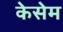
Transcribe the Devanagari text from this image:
केसेम